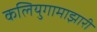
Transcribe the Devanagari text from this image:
कलियुगामाझारी